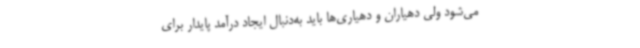
می‌شود ولی دهیاران و دهیاری‌ها باید به‌دنبال ایجاد درآمد پایدار برای